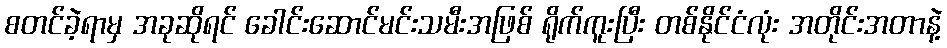
စတင်ခဲ့ရာမှ အခုဆိုရင် ခေါင်းဆောင်မင်းသမီးအဖြစ် ရိုက်ကူးပြီး တစ်နိုင်ငံလုံး အတိုင်းအတာနဲ့